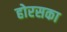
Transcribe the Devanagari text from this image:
होरसका